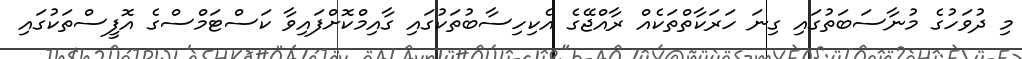
މި ދުވަހުގެ މުނާސަބަތުގައި ގިނަ ހަރަކާތްތަކެއް ރާއްޖޭގެ އެކިހިސާބުތަކުގައި ގާއިމްކޮށްފައިވާ ކަސްޓަމްސްގެ އޮފީސްތަކުގައި